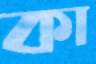
কা